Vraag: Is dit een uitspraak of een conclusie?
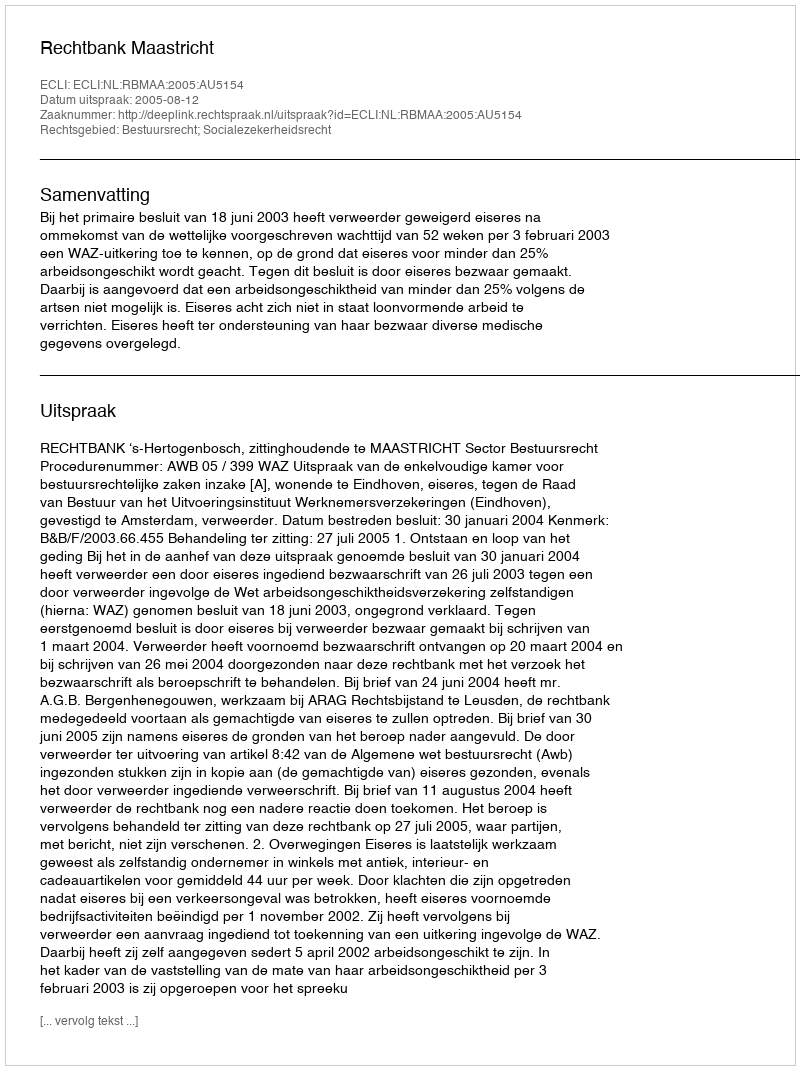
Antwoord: Uitspraak